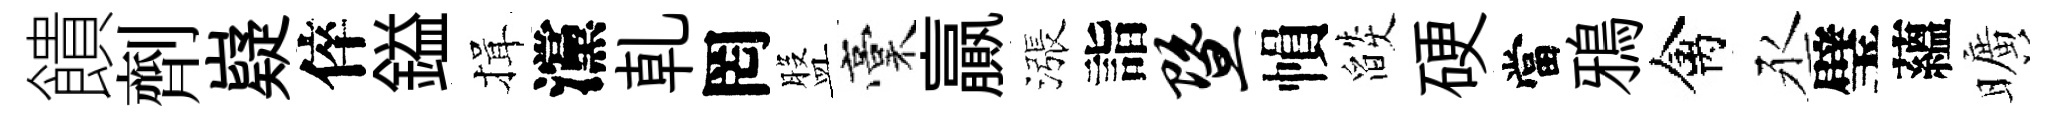
饋劑嶷倅鎰揖灙乹罔盤稾贏漲詣暨𢄙燄硬當鴉禽丞璧蘊曠